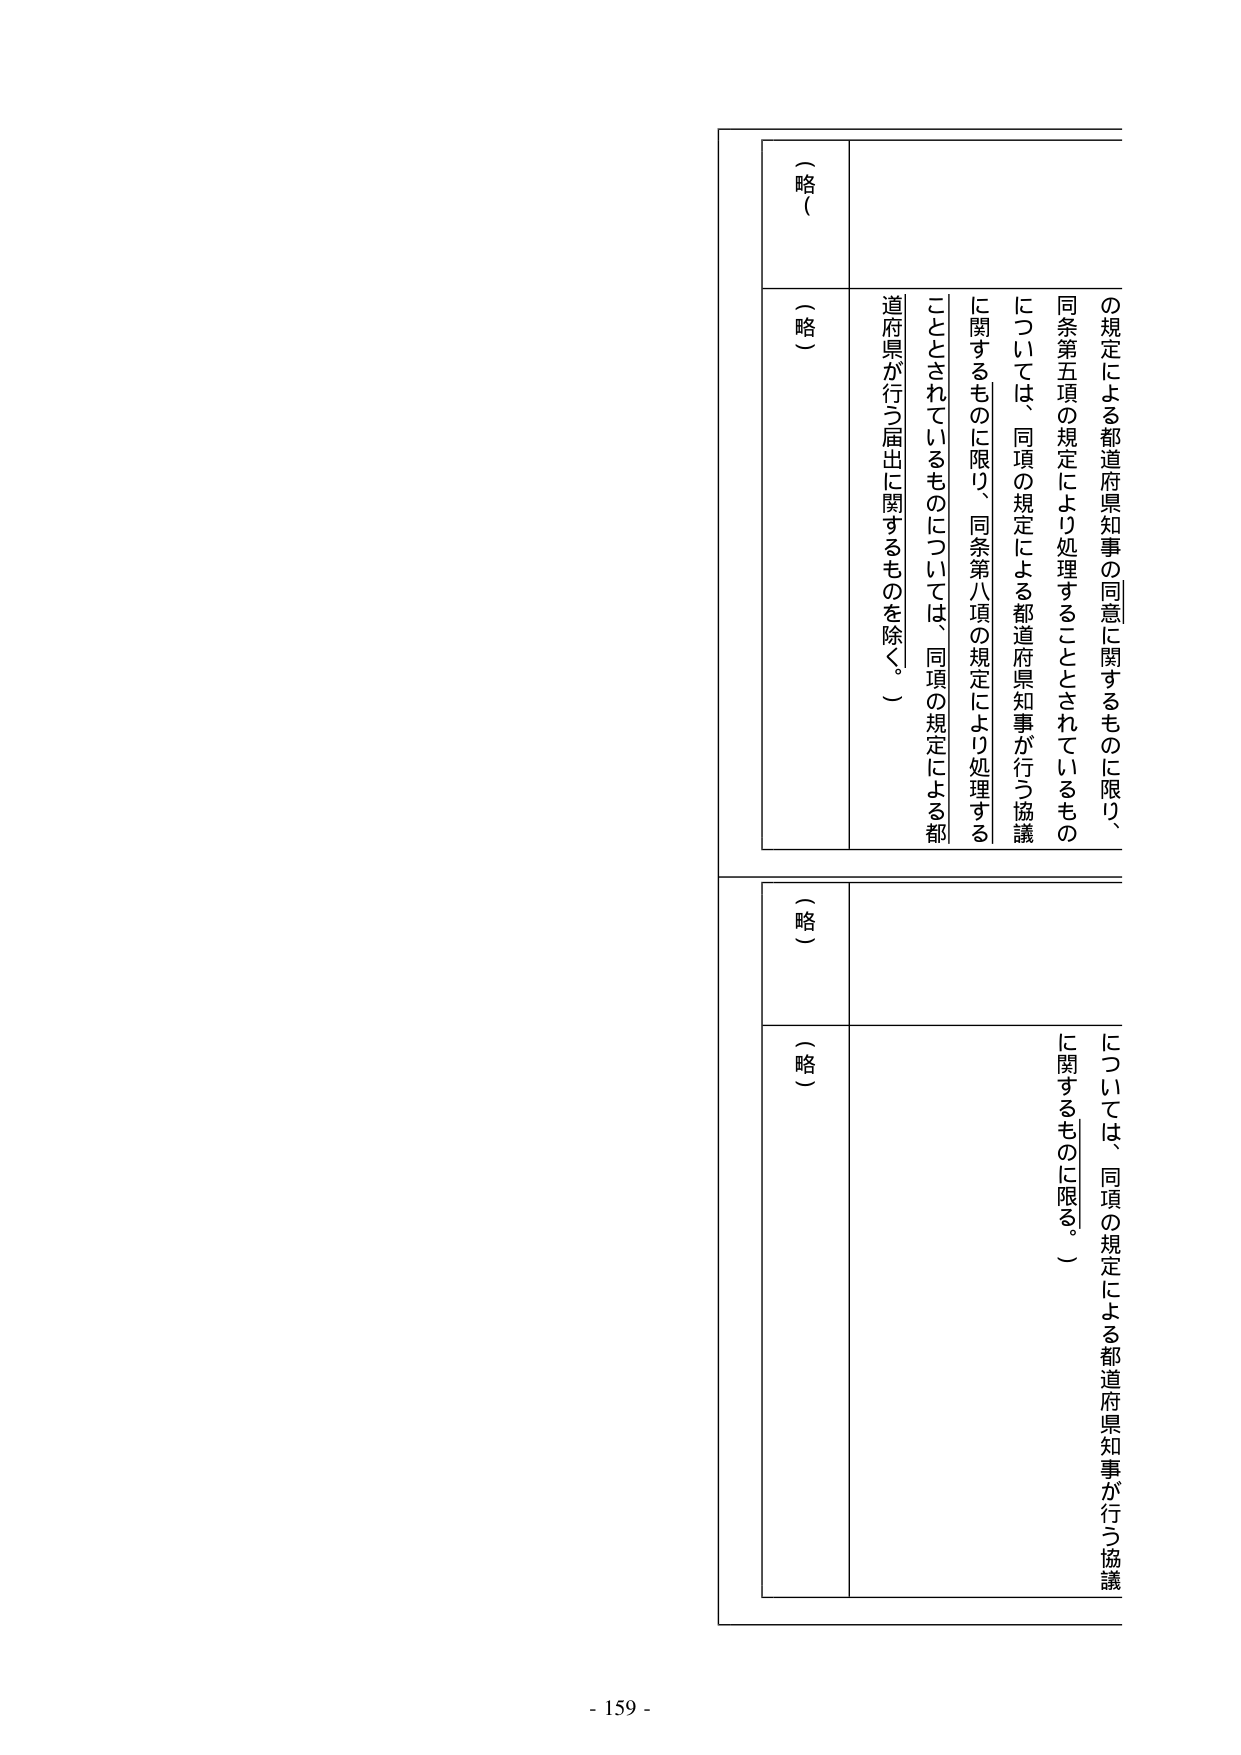
（略）

（略）

の規定による都道府県知事の同意に関するものに限り、
同条第五項の規定により処理することとされているもの
については、同項の規定による都道府県知事が行う協議
に関するものに限り、同条第八項の規定により処理する
こととされているものについては、同項の規定による都
道府県が行う届出に関するものを除く。）

（略）

（略）

については、同項の規定による都道府県知事が行う協議
に関するものに限る。）

- 159 -